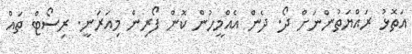
އަތޮޅު ރައްޔަތުންނަށް ދޯ. ދެން އެއްމީހުން ކޮން ފޯރިން މިއަރަނީ. ރިސޯޓް ތައް